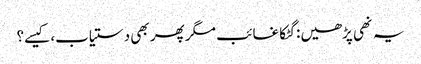
یہ نھی پڑھیں:گٹکا غائب مگر پھر بھی دستیاب، کیسے؟